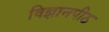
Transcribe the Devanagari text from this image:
विज्ञानपीठ